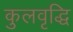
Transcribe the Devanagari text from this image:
कुलवृद्धि